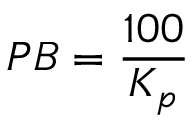
P B = { \frac { 1 0 0 } { K _ { p } } }